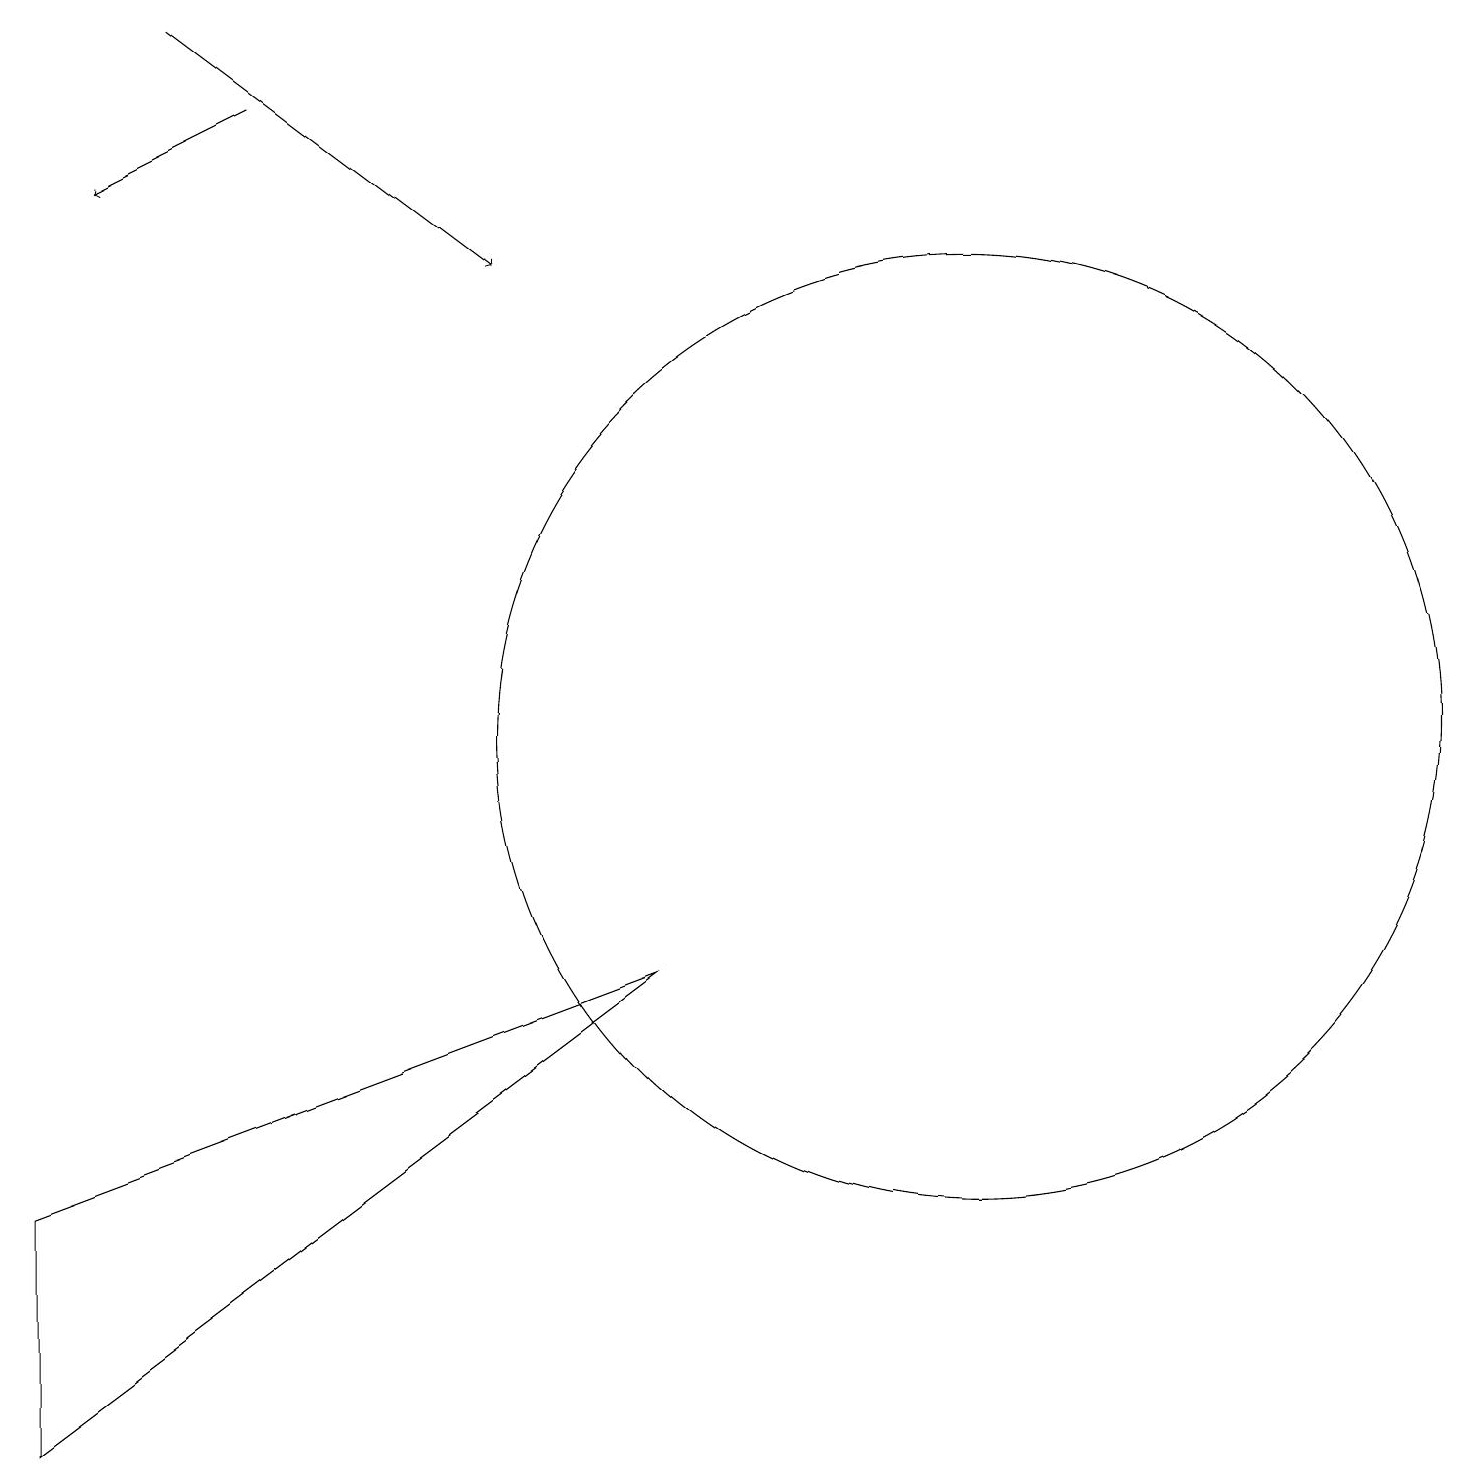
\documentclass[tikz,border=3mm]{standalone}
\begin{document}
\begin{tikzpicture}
\draw[->] (2,19) -- (6,16);
\draw (0,1) -- (8,7) -- (0,4) -- cycle;
\draw (12,10) circle (6);
\draw[->] (3,18) -- (1,17);
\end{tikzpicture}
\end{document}